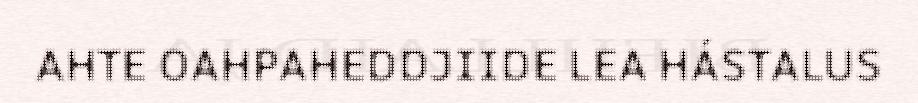
AHTE OAHPAHEDDJIIDE LEA HÁSTALUS